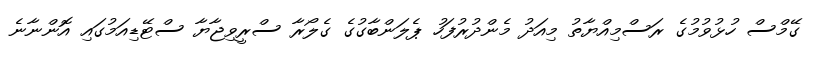
ގޭމްސް ހުޅުވުމުގެ ރަސްމިއްޔާތު މިއަދު މެންދުރުފަހު ޕެލަންބާގުގެ ގެލޯރާ ސްރީވިޖާޔާ ސްޓޭޑިއަމުގައި އޮންނާނެ